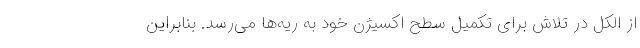
از الکل در تلاش برای تکمیل سطح اکسیژن خود به ریه‌ها می‌رسد. بنابراین